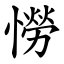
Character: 憦